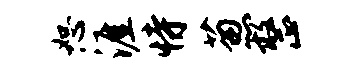
恕涯恃葱整